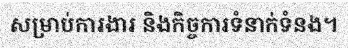
សម្រាប់ការងារ និងកិច្ចការទំនាក់ទំនង។